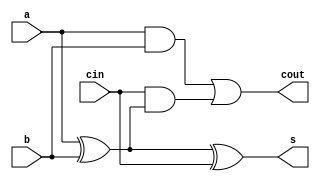
////////////////////////////////////////////////////////
//                                                    //
// Description  : mult with vedic                     //
//                                                    //                  
//                                                    //
////////////////////////////////////////////////////////

module fa(output s,output cout, input a,input b,input cin);
wire g,p,gout,pout,c0;
assign g= a&b;
assign p= a^b;

assign c0=cin;
assign pout=p;
assign gout=g;
    
assign s=p^c0;
assign cout=g|(cin&p);

endmodule


module rca8(s,cout,a,b,cin);

output [7:0]s;
output cout;
input cin;
input [7:0]a,b;
wire [8:0]c;
fa  add0(s[0],c[1],a[0],b[0],cin);
fa  add1(s[1],c[2],a[1],b[1],c[1]);
fa  add2(s[2],c[3],a[2],b[2],c[2]);
fa  add3(s[3],c[4],a[3],b[3],c[3]);
fa  add4(s[4],c[5],a[4],b[4],c[4]);
fa  add5(s[5],c[6],a[5],b[5],c[5]);
fa  add6(s[6],c[7],a[6],b[6],c[6]);
fa  add7(s[7],cout,a[7],b[7],c[7]);

endmodule

module rca16(s,cout,a,b,cin);
output [15:0]s;
output cout;
input  [15:0]a,b;
input  cin;

wire    c1;

rca8    add1(s[7:0],c1,a[7:0],b[7:0],cin);
rca8    add2(s[15:8],cout,a[15:8],b[15:8],c1);

endmodule


module vedic4(s,a,b);
output [7:0]s;
input [3:0]a,b;

wire [3:0]s0,s1,s2,s3;
wire [20:0]c;
wire [10:0]temp;

assign s0[0]=a[0]&b[0];
assign s0[1]=a[1]&b[0];
assign s0[2]=a[2]&b[0];
assign s0[3]=a[3]&b[0];
assign s1[0]=a[0]&b[1];
assign s1[1]=a[1]&b[1];
assign s1[2]=a[2]&b[1];
assign s1[3]=a[3]&b[1];
assign s2[0]=a[0]&b[2];
assign s2[1]=a[1]&b[2];
assign s2[2]=a[2]&b[2];
assign s2[3]=a[3]&b[2];
assign s3[0]=a[0]&b[3];
assign s3[1]=a[1]&b[3];
assign s3[2]=a[2]&b[3];
assign s3[3]=a[3]&b[3];

    assign s[0]=s0[0];
fa  num1(s[1],c[0],s0[1],s1[0],1'b0);
fa  num2p(temp[0],c[1],s0[2],s1[1],c[0]);
fa  num2(s[2],c[2],temp[0],s2[0],1'b0);
fa  num3p1(temp[2],c[3],c[2],c[1],s0[3]);
fa  num3p2(temp[3],c[4],s1[2],s2[1],s3[0]);
fa  num3(s[3],c[5],temp[2],temp[3],1'b0);
fa  num4p1(temp[4],c[6],c[4],s1[3],s2[2]);
fa  num4p2(temp[5],c[7],c[5],s3[1],c[3]);
fa  num4(s[4],c[8],temp[4],temp[5],1'b0);
fa  num5p1(temp[6],c[9],c[7],c[8],s2[3]);
fa  num5(s[5],c[10],c[6],s3[2],temp[6]);
fa  num6(s[6],s[7],c[9],c[10],s3[3]);

endmodule

module vedic8(s,a,b);
output [15:0]s;
input [7:0]a,b;
wire [7:0]m0,m1,m2,m3;
wire [7:0]n0,n1,n2,n3;
wire c0,c1,c2;
vedic4  mul0(m0[7:0],a[3:0],b[3:0]);
vedic4  mul1(m1[7:0],a[7:4],b[3:0]);
vedic4  mul2(m2[7:0],a[3:0],b[7:4]);
vedic4  mul3(m3[7:0],a[7:4],b[7:4]);

assign  s[3:0]=m0[3:0];

rca8    add1(n1[7:0],c0,m1[7:0],m2[7:0],1'b0);
rca8    add2(n2[7:0],c1,n1[7:0],{4'b0000,m0[7:4]},1'b0);
assign  c2=c1|c0;
rca8    add3(n3[7:0],c3,m3[7:0],{3'b000,c2,n2[7:4]},1'b0);
assign  s[7:4]=n2[3:0];
assign  s[15:8]=n3[7:0];

endmodule

module vedic24(s,a,b);
output [47:0]s;
input  [23:0]a,b;

wire  [15:0]m0,m1,m2,m3,m4,m5,m6,m7,m8;
wire  [15:0]n0,n1,n2,n3,n4,n5,n6,n7,n8,n9;
wire  c0,c1,c2,c3,c4,c5,c6,c7,c8;

vedic8  mult0(m0[15:0],a[7:0],b[7:0]);
vedic8  mult1(m1[15:0],a[7:0],b[15:8]);
vedic8  mult2(m2[15:0],a[15:8],b[7:0]);
vedic8  mult3(m3[15:0],a[7:0],b[23:16]);
vedic8  mult4(m4[15:0],a[15:8],b[15:8]);
vedic8  mult5(m5[15:0],a[23:16],b[7:0]);
vedic8  mult6(m6[15:0],a[15:8],b[23:16]);
vedic8  mult7(m7[15:0],a[23:16],b[15:8]);
vedic8  mult8(m8[15:0],a[23:16],b[23:16]);

assign s[7:0]=m0[7:0];                                          //1 m0[7:0]
rca16   add0(n0[15:0],c0,{8'd0,m0[15:8]},m1[15:0],1'b0);       
rca16   add1(n1[15:0],c1,n0[15:0],m2[15:0],1'b0);               //2 n1[7:0]
assign  c2=c1|c0;
rca16   add2(n2[15:0],c3,{7'd0,c2,n1[15:8]},m3[15:0],1'b0);
rca16   add3(n3[15:0],c4,m4[15:0],m5[15:0],1'b0);
rca16   add4(n4[15:0],c5,n3[15:0],n2[15:0],1'b0);               //3 n4[7:0]
rca16   add5(n5[15:0],c6,{7'd0,c5,n4[15:8]},m6[15:0],1'b0);
rca16   add6(n6[15:0],c7,n5[15:0],m7[15:0],1'b0);               //4 n6[7:0]
rca16   add7(n7[15:0],,{7'd0,c6,7'd0,c3},{7'd0,c7,7'd0,c4},1'b0);
rca16   add8(n8[15:0],,{8'd0,n6[15:8]},m8[15:0],1'b0);          
rca16   add9(n9[15:0],,n8[15:0],n7[15:0],1'b0);          

assign  s[15:8]=n1[7:0];
assign  s[23:16]=n4[7:0];
assign  s[31:24]=n6[7:0];
assign  s[47:32]=n9[15:0];


endmodule